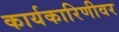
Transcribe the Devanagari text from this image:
कार्यकारिणीवर